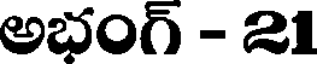
అభంగ్ - 21